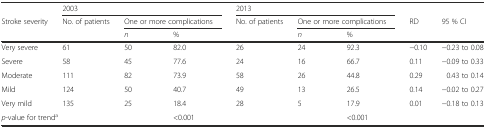
<table><thead><tr><td></td><td colspan="3"><b>2003</b></td><td colspan="3"><b>2013</b></td><td></td><td></td></tr><tr><td><b>Stroke severity</b></td><td><b>No. of patients</b></td><td colspan="2"><b>One or more complications</b></td><td><b>No. of patients</b></td><td colspan="2"><b>One or more complications</b></td><td><b>RD</b></td><td><b>95 % CI</b></td></tr><tr><td></td><td></td><td><b><i>n</i></b></td><td><b>%</b></td><td></td><td><b><i>n</i></b></td><td><b>%</b></td><td></td><td></td></tr></thead><tbody><tr><td>Very severe</td><td>61</td><td>50</td><td>82.0</td><td>26</td><td>24</td><td>92.3</td><td>−0.10</td><td>−0.23 to 0.08</td></tr><tr><td>Severe</td><td>58</td><td>45</td><td>77.6</td><td>24</td><td>16</td><td>66.7</td><td>0.11</td><td>−0.09 to 0.33</td></tr><tr><td>Moderate</td><td>111</td><td>82</td><td>73.9</td><td>58</td><td>26</td><td>44.8</td><td>0.29</td><td>0.43 to 0.14</td></tr><tr><td>Mild</td><td>124</td><td>50</td><td>40.7</td><td>49</td><td>13</td><td>26.5</td><td>0.14</td><td>−0.02 to 0.27</td></tr><tr><td>Very mild</td><td>135</td><td>25</td><td>18.4</td><td>28</td><td>5</td><td>17.9</td><td>0.01</td><td>−0.18 to 0.13</td></tr><tr><td colspan="2"><i>p</i>-value for trend<sup>a</sup></td><td></td><td>&lt;0.001</td><td></td><td></td><td>&lt;0.001</td><td></td><td></td></tr></tbody></table>